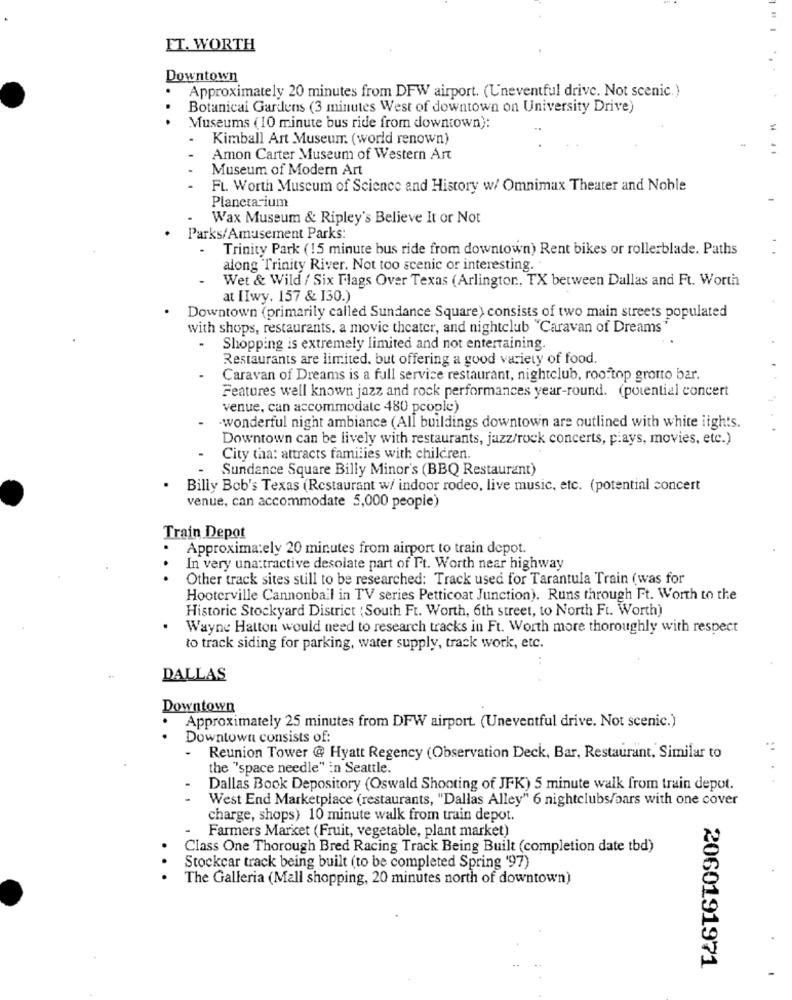
FT. WORTH
Downtown
Approximately 20 minutes from DFW airport. (Uneventful drive. Not scenic.)
Botanical Gardens (3 minutes West of downtown on University Drive)
.
Museums (10 minute bus ride from downtown):
Kimball Art Museum (world renown)
Amon Carter Museum of Western Ant
Museum of Modern Art
Ft. Worth Museum of Science and History w/ Omnimax Theater and Noble
Planetarium
Wax Museum & Ripley's Believe It or Not
Parks/Amusement Parks
Trinity Park (15 minute bus ride from downtown) Rent bikes or rollerblade. Paths
along Trinity River. Not too scenic or interesting.
Wet & Wild / Six Flags Over Texas (Arlington ., TX between Dallas and Ft. Worth
at IIwy. 157 & 130.)
Downtown (primarily called Sundance Square) consists of two main streets populated
with shops, restaurants. a movie theater, and nightclub "Caravan of Dreams"
.
Shopping is extremely limited and not entertaining.
Restaurants are limited. but offering a good variety of food.
Caravan of Dreams is a full service restaurant, nightclub, rooftop gronto bar.
Features well known jazz and rock performances year-round. (potential concert
venue, can accommodate 480 people)
-wonderful night ambiance (All buildings downtown are outlined with white lights.
Downtown can be lively with restaurants, jazz/rock concerts, pays, movies, etc.)
City tha: attracts families with children
Sundance Square Billy Minor's (BBQ Restaurant)
Billy Bob's Texas (Restaurant w/ indoor rodeo, live music, etc. (potential concert
venue, can accommodate 5,000 people)
Train Depot
.
Approximately 20 minutes from airport to train depot.
In very una:tractive desolate part of Ft. Worth near highway
Other track sites still to be researched: Track used for Tarantula Train (was for
Hooterville Cannonball in TV series Petticoat Junction). Runs through Ft. Worth to the
Historic Stockyard District (South Ft. Worth, 6th street, to North Ft. Worth)
Wayne Hatton would need to research tracks in Ft. Worth more thoroughly with respect
to track siding for parking, water supply, track work, etc.
DALLAS
Downtown
Approximately 25 minutes from DFW airport. (Uneventful drive. Not scenic.)
Downtown consists of:
Reunion Tower @ Hyatt Regency (Observation Deck, Bar, Restaurant, Similar to
the "space needle" in Seattle.
Dallas Book Depository (Oswald Shooting of JFK) 5 minute walk from train depot.
West End Marketplace (restaurants, "Dallas Alley" 6 nightclubs/bars with one cover
charge, shops) 10 minute walk from train depot.
Farmers Market (Fruit, vegetable, plant market)
Class One Thorough Bred Racing Track Being Built (completion date tbd)
Stockcar track being built (to be completed Spring '97)
The Galleria (Mall shopping, 20 minutes north of downtown)
2060191971